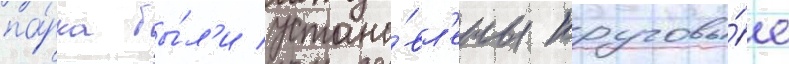
па́рка бы́л'и устано́вл'ены круговы́е